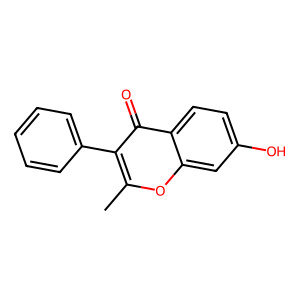
SMILES: Cc1oc2cc(O)ccc2c(=O)c1-c1ccccc1
Inhibits HIV replication: No